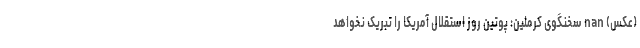
(عکس) nan سخنگوی کرملین: پوتین روز استقلال آمریکا را تبریک نخواهد